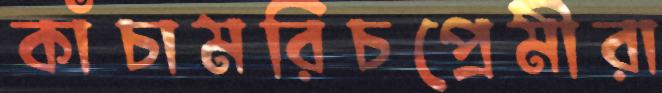
কাঁচামরিচপ্রেমীরা